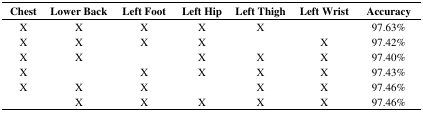
| Chest | Lower Back | Left Foot | Left Hip | Left Thigh | Left Wrist | Accuracy |
 | --- | --- | --- | --- | --- | --- | --- |
 | X | X | X | X | X |  | 97.63% |
 | X | X | X | X |  | X | 97.42% |
 | X | X |  | X | X | X | 97.40% |
 | X |  | X | X | X | X | 97.43% |
 | X | X | X |  | X | X | 97.46% |
 |  | X | X | X | X | X | 97.46% |